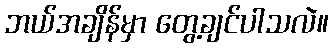
ဘယ်အချိန်မှာ တွေ့ချင်ပါသလဲ။